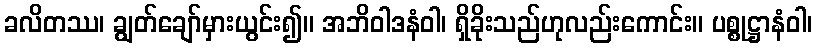
ခလိတဿ၊ ချွတ်ချော်မှားယွင်း၍။ အဘိဝါဒနံဝါ၊ ရှိခိုးသည်ဟုလည်းကောင်း။ ပစ္စုဋ္ဌာနံဝါ၊